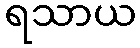
ရသာယ